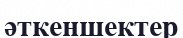
әткеншектер